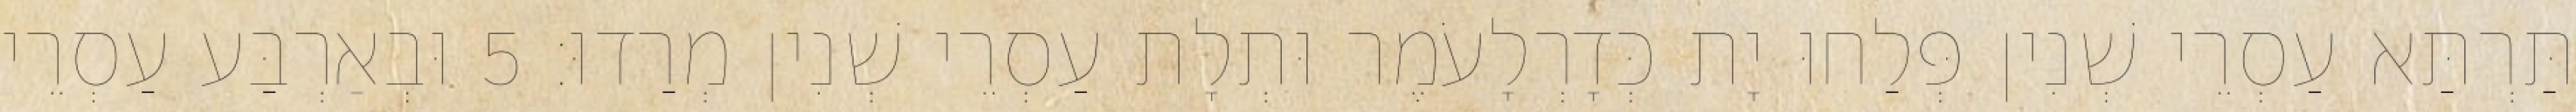
תַּרְתַּא עַסְרֵי שְׁנִין פְּלַחוּ יָת כְּדָרְלָעֹמֶר וּתְלָת עַסְרֵי שְׁנִין מְרַדוּ׃ 5 וּבְאַרְבַּע עַסְרֵי